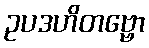
ဥပဒဟိတဗ္ဗော